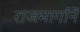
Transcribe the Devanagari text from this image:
राजमार्गानें